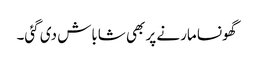
گھونسا مارنے پر بھی شاباش دی گئی۔